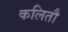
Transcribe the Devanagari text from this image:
कलितौ